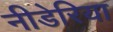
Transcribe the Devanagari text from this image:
नीडेरिया